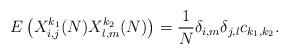
LaTeX: \begin{align*}E\left(X^{k_1}_{i,j}(N) X^{k_2}_{l,m}(N)\right) = \frac{1}{N} \delta_{i,m} \delta_{j,l} c_{k_1, k_2}.\end{align*}